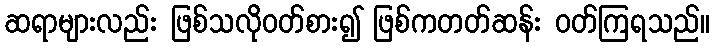
ဆရာများလည်း ဖြစ်သလိုဝတ်စား၍ ဖြစ်ကတတ်ဆန်း ဝတ်ကြရသည်။